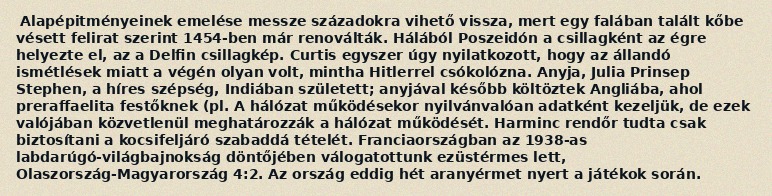
Alapépitményeinek emelése messze századokra vihető vissza, mert egy falában talált kőbe vésett felirat szerint 1454-ben már renoválták. Hálából Poszeidón a csillagként az égre helyezte el, az a Delfin csillagkép. Curtis egyszer úgy nyilatkozott, hogy az állandó ismétlések miatt a végén olyan volt, mintha Hitlerrel csókolózna. Anyja, Julia Prinsep Stephen, a híres szépség, Indiában született; anyjával később költöztek Angliába, ahol preraffaelita festőknek (pl. A hálózat működésekor nyilvánvalóan adatként kezeljük, de ezek valójában közvetlenül meghatározzák a hálózat működését. Harminc rendőr tudta csak biztosítani a kocsifeljáró szabaddá tételét. Franciaországban az 1938-as labdarúgó-világbajnokság döntőjében válogatottunk ezüstérmes lett, Olaszország-Magyarország 4:2. Az ország eddig hét aranyérmet nyert a játékok során.